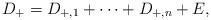
LaTeX: \begin{align*}D_+=D_{+,1}+\cdots +D_{+,n}+E,\end{align*}